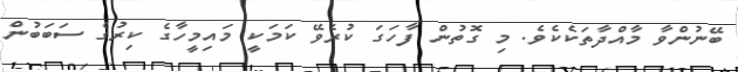
ބޭނުންވާ މާއްދާތަކެކެވެ. މި ގޮތުން ފާހަގަ ކުރެވޭ ކަމަކީ މައިމީހާގެ ކިރުގެ ސަބަބުން